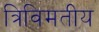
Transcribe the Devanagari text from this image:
त्रिविमतीय